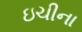
ઇચીના